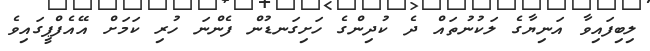
ލިބިފައިވާ އަނިޔާގެ ލަކުނުތައް ދެ ކުދިންގެ ހަށިގަނޑުން ފެންނަ ހުރި ކަމަށް އޭއެފްޕީގައިވެ